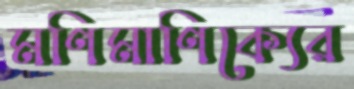
মণিমাণিক্যের